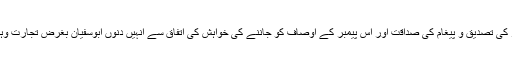
اس نے اس خبر کی تصدیق و پیغام کی صداقت اور اس پیمبر کے اوصاف کو جاننے کی خواہش کی اتفاق سے انہیں دنوں ابوسفیان بغرض تجارت وہاں موجود تھے۔